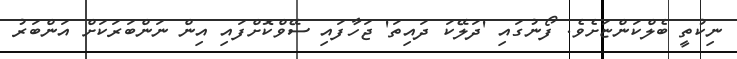
ނިކުތީ ބެލްކަންޏަށެވެ. ފޯނުގައި 'ދަލޭކަ ދައިތަ' ޖަހާފައި ސޭވްކޮށްފައި އިން ނަންބަރަކަށް އަންބަރު